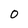
Character: 0